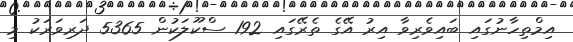
އިމްތިހާނުގައި ބައިވެރިވާ އިރު އޭގެ ތެރޭގައި 192 ސްކޫލަކުން 5365 ދަރިވަރަކު މި